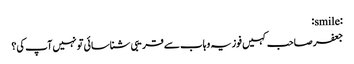
:smile:
جعفر صاحب کہیں فوزیہ وہاب سے قریبی شناسائی تو نہیں آپ کی؟